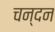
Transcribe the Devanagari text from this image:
चन्‍दन